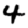
Digit: 4